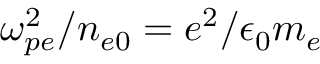
\omega _ { p e } ^ { 2 } / n _ { e 0 } = e ^ { 2 } / \epsilon _ { 0 } m _ { e }